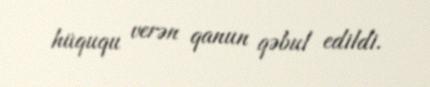
hüququ verən qanun qəbul edildi.